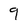
Character: 9